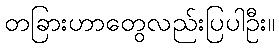
တခြားဟာတွေလည်းပြပါဦး။